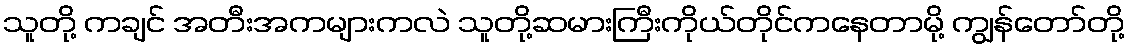
သူတို့ ကချင် အတီးအကများကလဲ သူတို့ဆမားကြီးကိုယ်တိုင်ကနေတာမို့ ကျွန်တော်တို့